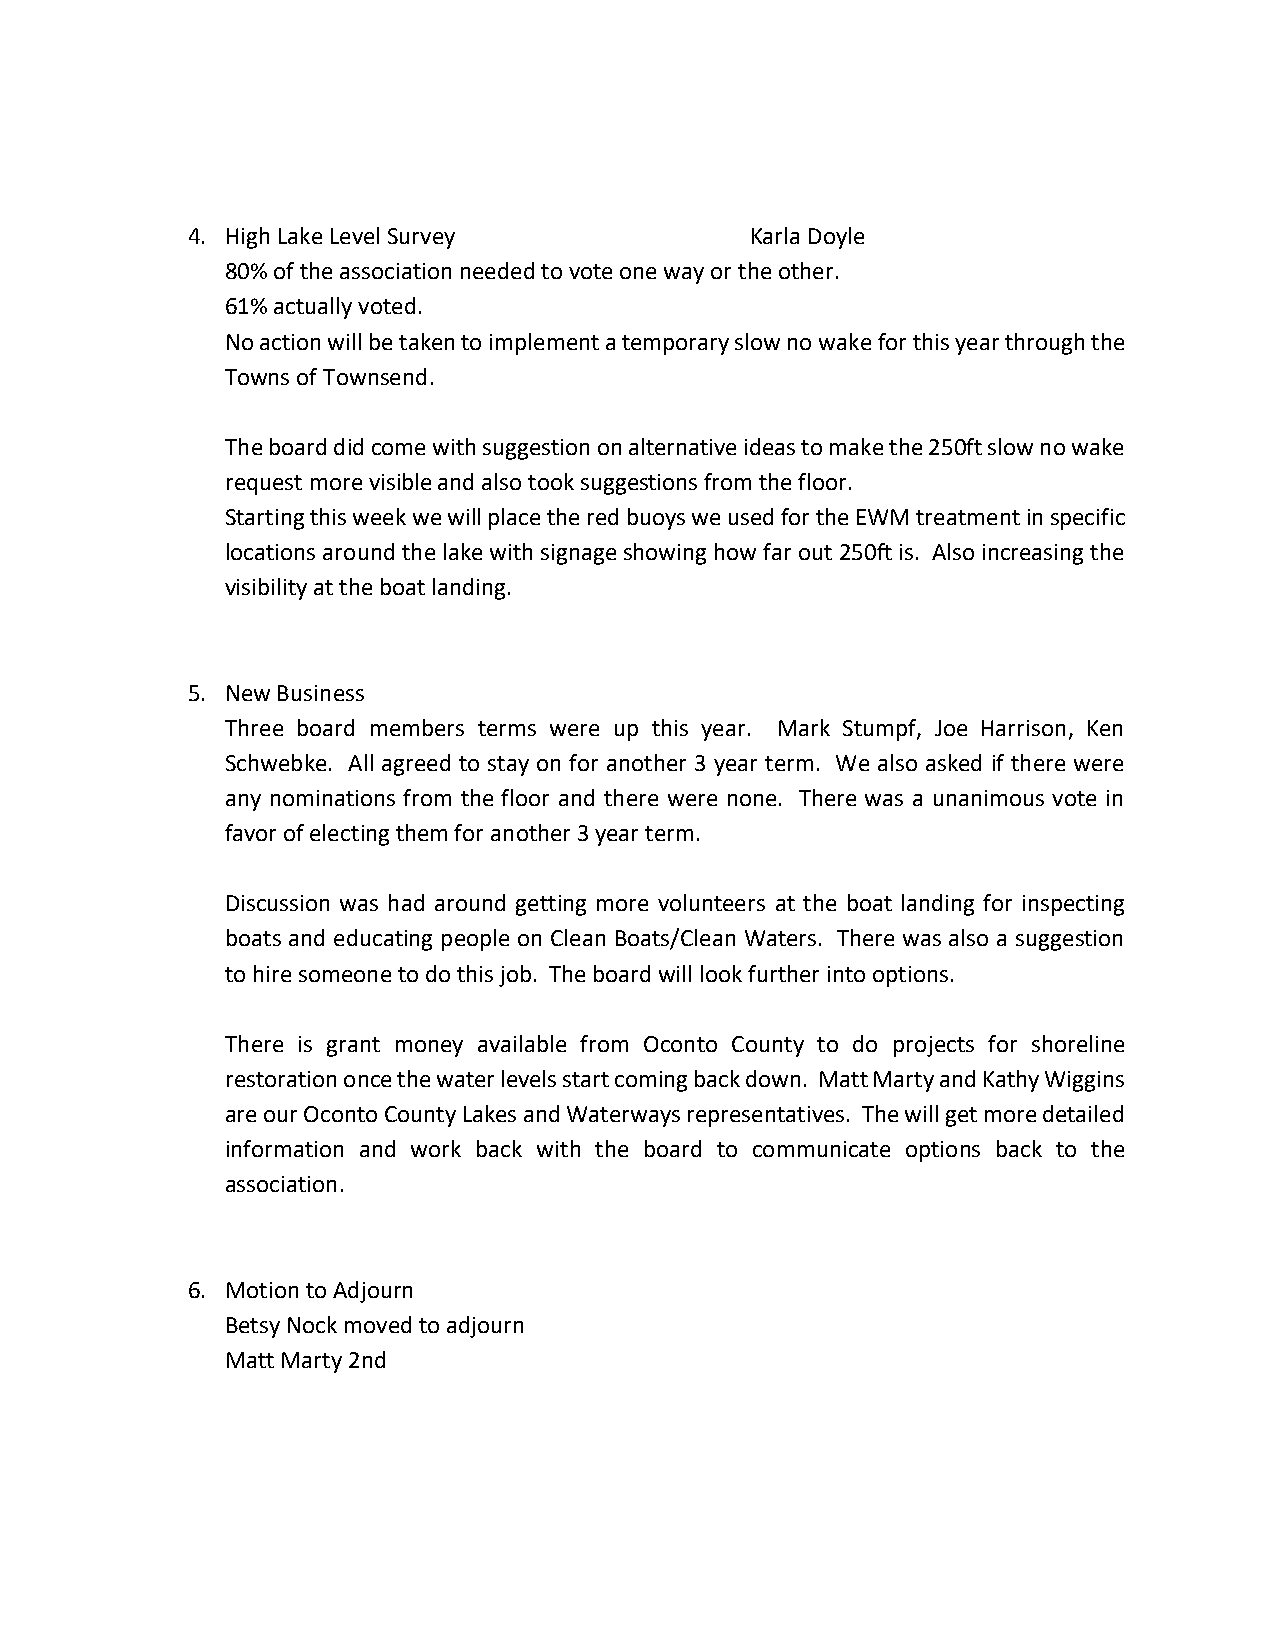
4. High Lake Level Survey             Karla Doyle
 80% of the association needed to vote one way or the other.
 61% actually voted.
 No action will be taken to implement a temporary slow no wake for this year through the
 Towns of Townsend.
 The board did come with suggestion on alternative ideas to make the 250ft slow no wake
 request more visible and also took suggestions from the floor.
 Starting this week we will place the red buoys we used for the EWM treatment in specific
 locations around the lake with signage showing how far out 250ft is. Also increasing the
 visibility at the boat landing.
 5. New Business
 Three board members terms were up this year. Mark Stumpf, Joe Harrison, Ken
 Schwebke. All agreed to stay on for another 3 year term. We also asked if there were
 any nominations from the floor and there were none. There was a unanimous vote in
 favor of electing them for another 3 year term.
 Discussion was had around getting more volunteers at the boat landing for inspecting
 boats and educating people on Clean Boats/Clean Waters. There was also a suggestion
 to hire someone to do this job. The board will look further into options.
 There is grant money available from Oconto County to do projects for shoreline
 restoration once the water levels start coming back down. Matt Marty and Kathy Wiggins
 are our Oconto County Lakes and Waterways representatives. The will get more detailed
 information and work back with the board to communicate options back to the
 association.
 6. Motion to Adjourn
 Betsy Nock moved to adjourn
 Matt Marty 2nd